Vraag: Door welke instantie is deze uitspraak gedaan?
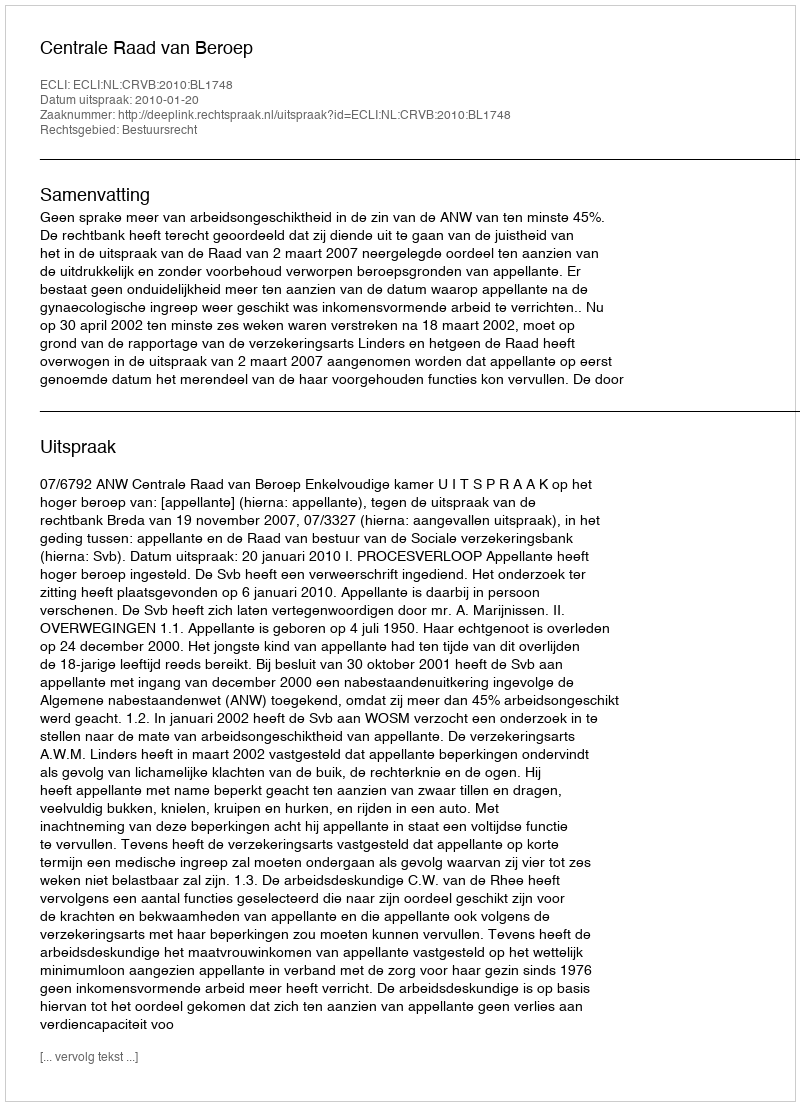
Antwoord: Centrale Raad van Beroep